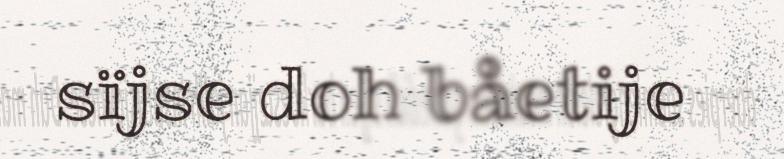
sïjse doh båetije